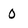
Character: 0